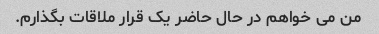
من می خواهم در حال حاضر یک قرار ملاقات بگذارم.